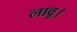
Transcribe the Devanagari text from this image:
लावू।